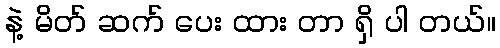
နဲ့ မိတ် ဆက် ပေး ထား တာ ရှိ ပါ တယ်။